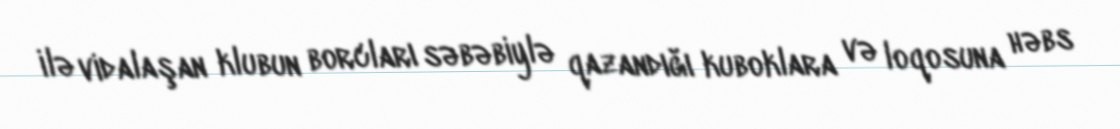
ilə vidalaşan klubun borcları səbəbiylə qazandığı kuboklara və loqosuna həbs